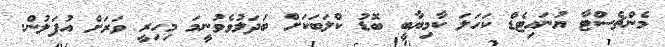
މެންޗެސްޓާ ޔުނައިޓެޑް ކަހަލަ ކާމިޔާބީ ބޮޑު ކްލަބަކަށް ބަދަލުވެވުނީމަ މިހިރީ ވަރަށް އުފަލުން.